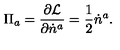
\Pi _ { a } = \frac { \partial { \cal L } } { \partial \dot { n } ^ { a } } = \frac { 1 } { 2 } \dot { n } ^ { a } .